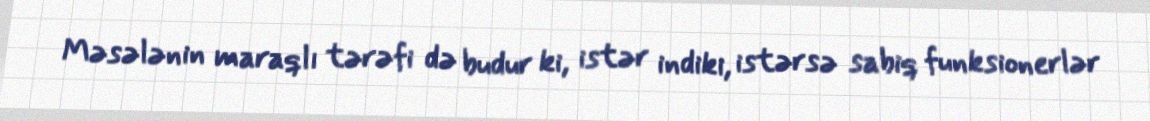
Məsələnin maraqlı tərəfi də budur ki, istər indiki, istərsə sabiq funksionerlər